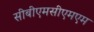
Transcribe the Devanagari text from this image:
सीबीएमसीएमएम